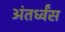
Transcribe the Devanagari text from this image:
अंतर्ध्वंस